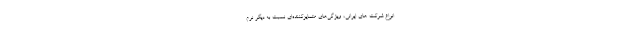
انواع شرکت های ایرانی، ویژگی‌های متمایزکننده‌ای نسبت به دیگر نرم